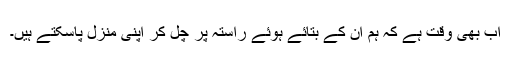
اب بھی وقت ہے کہ ہم ان کے بتائے ہوئے راستہ پر چل کر اپنی منزل پاسکتے ہیں۔